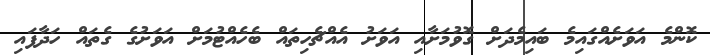
ކޮންމެ އަވަށެއްގައިމެ ބައިމެދަށް ގޮވުމަށާއި އަވަށު އެއްޗެހިތައް ބެހެއްޓުމަށް އަވަށުގެ ގެތައް ހަދާފައި